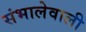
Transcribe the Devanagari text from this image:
संभालेवाली